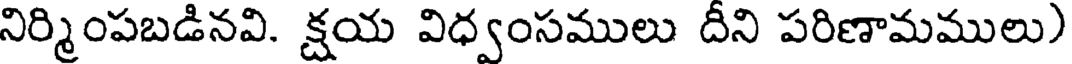
నిర్మింపబడినవి. క్షయ విధ్వంసములు దీని పరిణామములు)